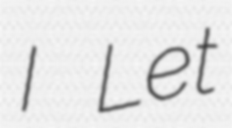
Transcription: I Let